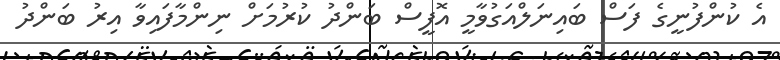
އެ ކުންފުނީގެ ފަސް ބައިނަލްއަގުވާމީ އޮފީސް ބަންދު ކުރުމަށް ނިންމާފައިވާ އިރު ބަންދު